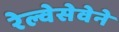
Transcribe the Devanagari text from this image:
रेल्वेसेवेने